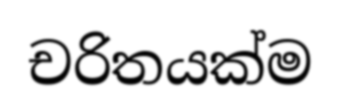
චරිතයක්ම